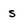
Character: s